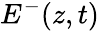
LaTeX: E^{-}(z,t)